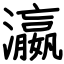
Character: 瀛